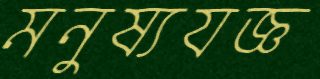
মনুষ্যযজ্ঞ